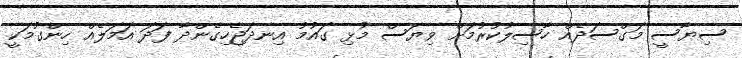
ސިޔާސީ މަގްސަދެއް ހާސިލުކުރުމަށް ވިޔަސް މުޅި ގައުމު އިނދަޖެހިގެންދާ ފަދަ އަމަލެއް ހިންގުމަކީ